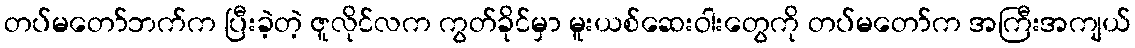
တပ်မတော်ဘက်က ပြီးခဲ့တဲ့ ဇူလိုင်လက ကွတ်ခိုင်မှာ မူးယစ်ဆေးဝါးတွေကို တပ်မတော်က အကြီးအကျယ်